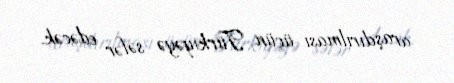
araşdırılması üçün Türkiyəyə səfər edəcək.